Vaccination in Bombay 1856-1862 - 1856-1862
Year: 1856
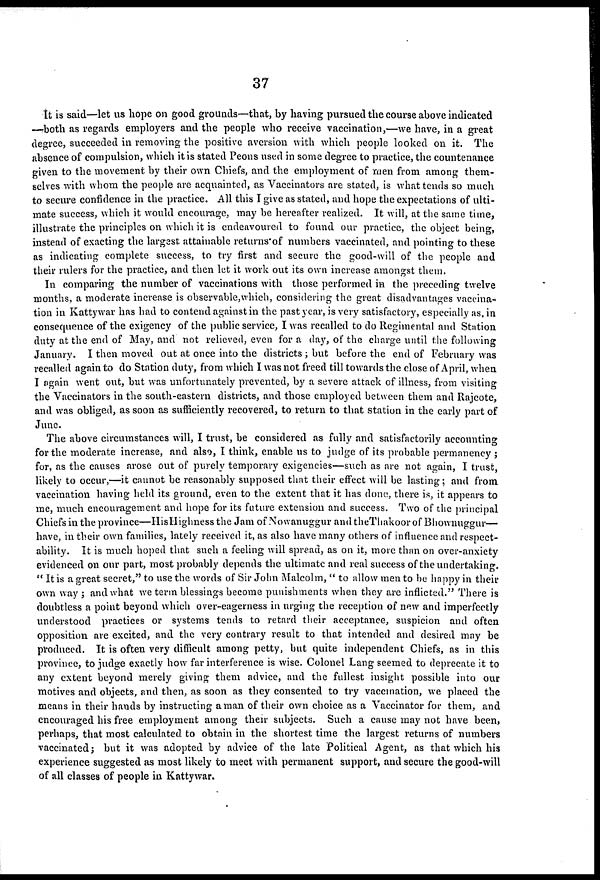
37
It is said—let us hope on good grounds—that, by having pursued the course above indicated
—both as regards employers and the people who receive vaccination,—we have, in a great
degree, succeeded in removing the positive aversion with which people looked on it. The
absence of compulsion, which it is stated Peons used in some degree to practice, the countenance
given to the movement by their own Chiefs, and the employment of men from among them-
selves with whom the people are acquainted, as Vaccinators are stated, is what tends so much
to secure confidence in the practice. All this I give as stated, and hope the expectations of ulti-
mate success, which it would encourage, may be hereafter realized. It will, at the same time,
illustrate the principles on which it is endeavoured to found our practice, the object being,
instead of exacting the largest attainable returns of numbers vaccinated, and pointing to these
as indicating complete success, to try first and secure the good-will of the people and
their rulers for the practice, and then let it work out its own increase amongst them.
In comparing the number of vaccinations with those performed in the preceding twelve
months, a moderate increase is observable,which, considering the great disadvantages vaccina-
tion in Kattywar has had to contend against in the past year, is very satisfactory, especially as, in
consequence of the exigency of the public service, I was recalled to do Regimental and Station
duty at the end of May, and not relieved, even for a day, of the charge until the following
January. I then moved out at once into the districts; but before the end of February was
recalled again to do Station duty, from which I was not freed till towards the close of April, when
I again went out, but was unfortunately prevented, by a severe attack of illness, from visiting
the Vaccinators in the south-eastern districts, and those employed between them and Rajcote,
and was obliged, as soon as sufficiently recovered, to return to that station in the early part of
June.
The above circumstances will, I trust, be considered as fully and satisfactorily accounting
for the moderate increase, and also, I think, enable us to judge of its probable permanency ;
for, as the causes arose out of purely temporary exigencies—such as are not again, I trust,
likely to occur,—it cannot be reasonably supposed that their effect will be lasting; and from
vaccination having held its ground, even to the extent that it has done, there is, it appears to
me, much encouragement and hope for its future extension and success. Two of the principal
Chiefs in the province—HisHighness the Jam of Nowanuggur and theThakoor of Bhownuggur—
have, in their own families, lately received it, as also have many others of influence and respect-
ability. It is much hoped that such a feeling will spread, as on it, more than on over-anxiety
evidenced on our part, most probably depends the ultimate and real success of the undertaking.
" It is a great secret," to use the words of Sir John Malcolm, " to allow men to be happy in their
own way; and what we term blessings become punishments when they are inflicted." There is
doubtless a point beyond which over-eagerness in urging the reception of new and imperfectly
understood practices or systems tends to retard their acceptance, suspicion and often
opposition are excited, and the very contrary result to that intended and desired may be
produced. It is often very difficult among petty, but quite independent Chiefs, as in this
province, to judge exactly how far interference is wise. Colonel Lang seemed to deprecate it to
any extent beyond merely giving them advice, and the fullest insight possible into our
motives and objects, and then, as soon as they consented to try vaccination, we placed the
means in their hands by instructing a man of their own choice as a Vaccinator for them, and
encouraged his free employment among their subjects. Such a cause may not have been,
perhaps, that most calculated to obtain in the shortest time the largest returns of numbers
vaccinated; but it was adopted by advice of the late Political Agent, as that which his
experience suggested as most likely to meet with permanent support, and secure the good-will
of all classes of people in Kattywar.